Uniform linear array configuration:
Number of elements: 48
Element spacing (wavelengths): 1
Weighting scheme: binomial
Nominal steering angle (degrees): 45
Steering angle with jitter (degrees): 43.518
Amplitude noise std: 0.05
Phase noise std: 0.05

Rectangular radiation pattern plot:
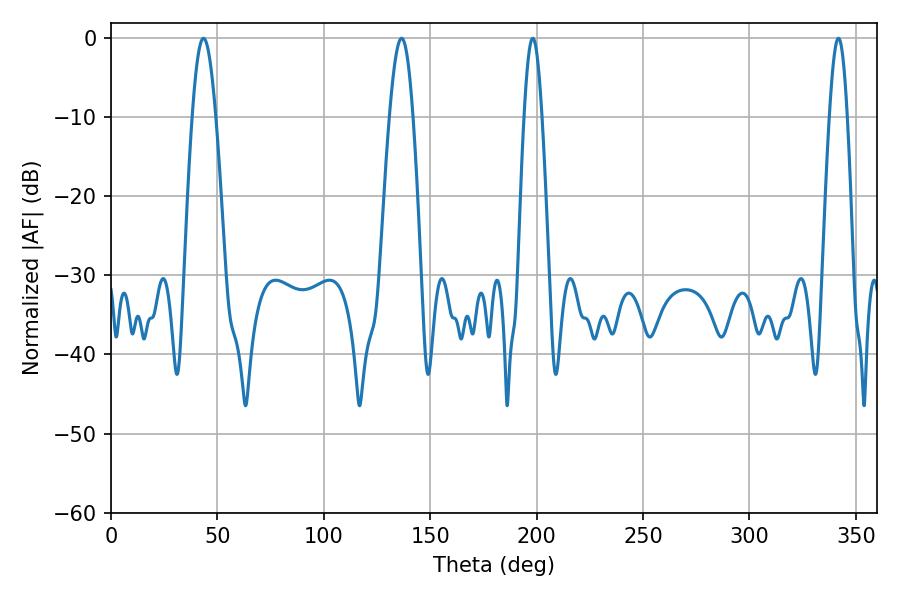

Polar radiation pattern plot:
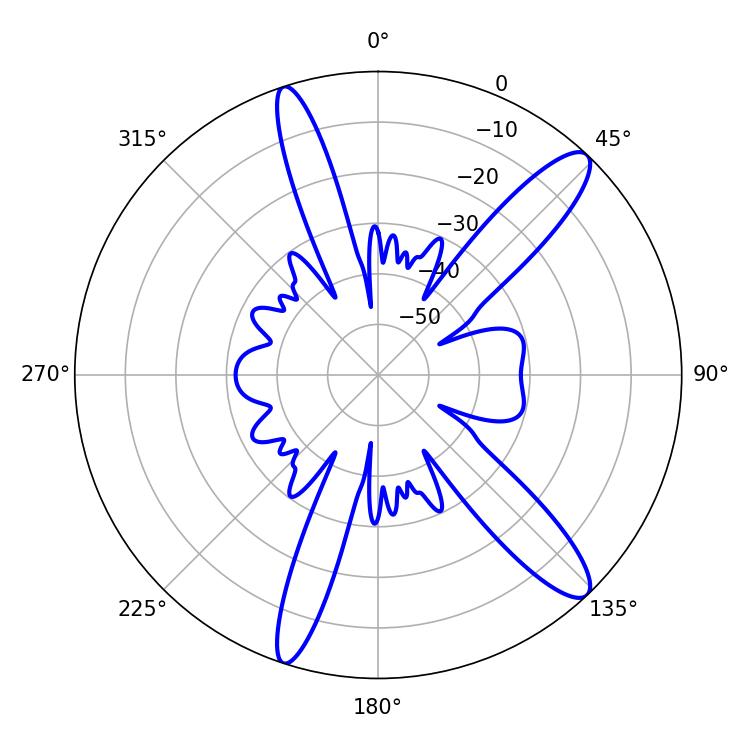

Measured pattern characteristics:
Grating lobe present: TRUE
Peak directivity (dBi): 12.901
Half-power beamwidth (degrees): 4.5
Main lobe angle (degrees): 198.18